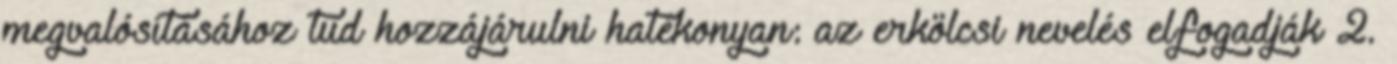
megvalósításához tud hozzájárulni hatékonyan: az erkölcsi nevelés elfogadják 2.